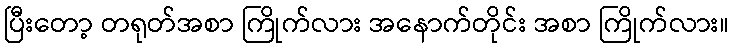
ပြီးတော့ တရုတ်အစာ ကြိုက်လား အနောက်တိုင်း အစာ ကြိုက်လား။